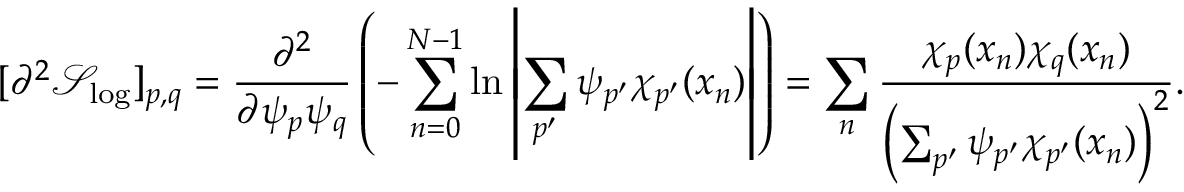
[ \partial ^ { 2 } \mathcal { S } _ { \mathrm { l o g } } ] _ { p , q } = \frac { \partial ^ { 2 } } { \partial \psi _ { p } \psi _ { q } } \left( - \sum _ { n = 0 } ^ { N - 1 } \ln \left| \sum _ { p ^ { \prime } } \psi _ { p ^ { \prime } } \chi _ { p ^ { \prime } } ( x _ { n } ) \right| \right) = \sum _ { n } \frac { \chi _ { p } ( x _ { n } ) \chi _ { q } ( x _ { n } ) } { \left( \sum _ { p ^ { \prime } } \psi _ { p ^ { \prime } } \chi _ { p ^ { \prime } } ( x _ { n } ) \right) ^ { 2 } } . \quad